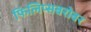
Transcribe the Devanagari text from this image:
फिलिप्सबरोबर